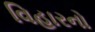
વિહારનો